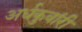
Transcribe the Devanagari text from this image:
अर्धकुवांरी